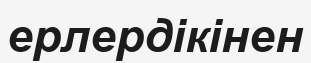
ерлердікінен